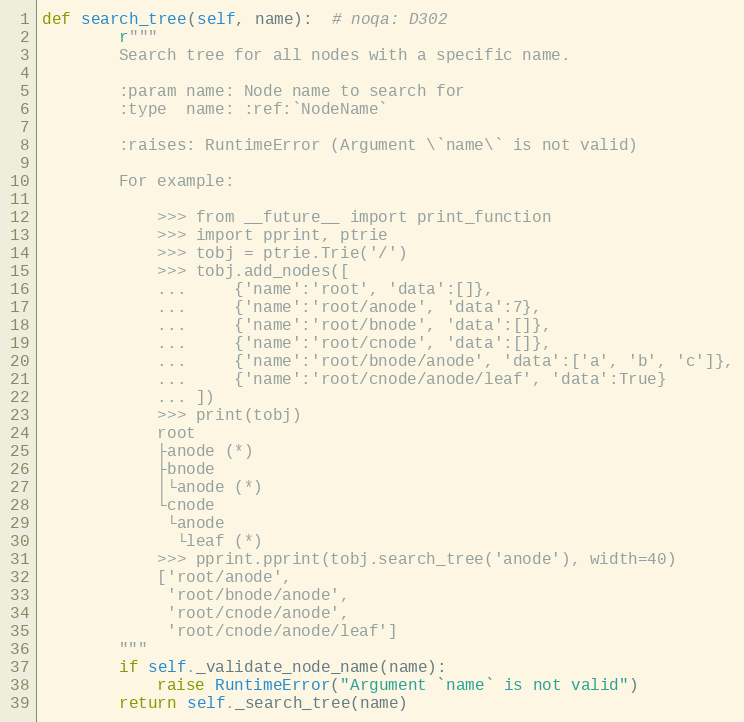
Language: Python
def search_tree(self, name):  # noqa: D302
        r"""
        Search tree for all nodes with a specific name.

        :param name: Node name to search for
        :type  name: :ref:`NodeName`

        :raises: RuntimeError (Argument \`name\` is not valid)

        For example:

            >>> from __future__ import print_function
            >>> import pprint, ptrie
            >>> tobj = ptrie.Trie('/')
            >>> tobj.add_nodes([
            ...     {'name':'root', 'data':[]},
            ...     {'name':'root/anode', 'data':7},
            ...     {'name':'root/bnode', 'data':[]},
            ...     {'name':'root/cnode', 'data':[]},
            ...     {'name':'root/bnode/anode', 'data':['a', 'b', 'c']},
            ...     {'name':'root/cnode/anode/leaf', 'data':True}
            ... ])
            >>> print(tobj)
            root
            ├anode (*)
            ├bnode
            │└anode (*)
            └cnode
             └anode
              └leaf (*)
            >>> pprint.pprint(tobj.search_tree('anode'), width=40)
            ['root/anode',
             'root/bnode/anode',
             'root/cnode/anode',
             'root/cnode/anode/leaf']
        """
        if self._validate_node_name(name):
            raise RuntimeError("Argument `name` is not valid")
        return self._search_tree(name)